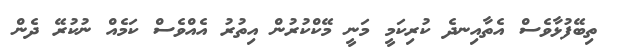
ތިބޭފުޅާވެސް އެތާއިނދެ ކުރިކަމީ މަނީ މޭކްކުރުން އިތުރު އެއްވެސް ކަމެއް ނުކުރޭ ދެން